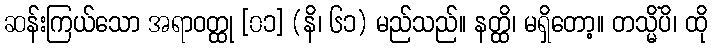
ဆန်းကြယ်သော အရာဝတ္ထု [၀၁] (နိ၊ ၆၁) မည်သည်။ နတ္ထိ၊ မရှိတော့။ တသ္မိံပိ၊ ထို